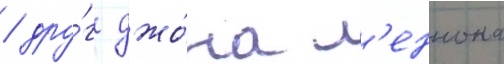
/ дру́г джо́на л'еннона